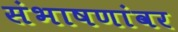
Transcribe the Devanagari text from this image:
संभाषणांवर